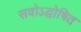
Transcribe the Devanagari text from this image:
सवोऽद्घोषित